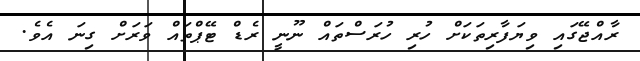
ރާއްޖޭގައި ވިޔަފާރިތަކަށް ހުރި ހުރަސްތައް ނޫނީ ރެޑް ޓޭޕްތައް ވަރަށް ގިނަ އެވެ.